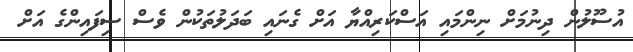
އުސޫލުން ދިނުމަށް ނިންމައި އަސްކަރިއްޔާ އަށް ގެނައި ބަދަލުތަކުން ވެސް ސިފައިންގެ އަށް